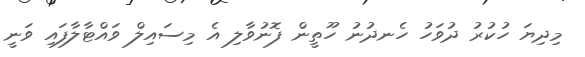
މިދިޔަ ހުކުރު ދުވަހު ހެނދުނު ހޫތީން ފޮނުވާލި އެ މިސައިލް ވައްޓާލާފައި ވަނީ